Civil Veterinary Dept. Bombay admin report 1923-31 - 1923-1931
Year: 1923
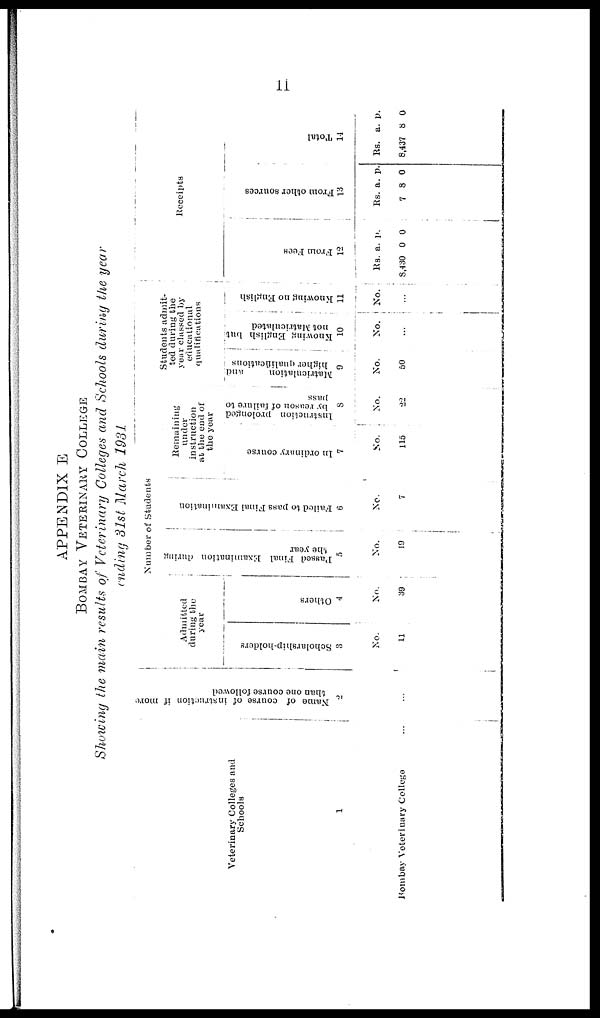
11
APPENDIX E
BOMBAY VETERINARY COLLEGE
Showing the main results of Veterinary Colleges and Schools during the year
ending 31st March 1931
Veterinary Colleges and
Schools
1
Bombay Veterinary College ...
Name of course of instruction if more
than one course followed
2
...
Number of Students
Admitted
during the
year
Scholarship-holders
3
No,
11
Others
4
No.
39
Passed Final Examination during
the year
5
No.
19
Failed to pass Final Examination
6
No.
7
Remaining
under
instruction
at the end of
the year
In ordinary course
7
No.
115
Instruction prolonged
by reason of failure to
pass
8
No.
22
Students admit-
ted during the
year classed by
educational
qualifications
Matriculation
and
higher qualifications
9
No.
50
Knowing English but
not Matriculated
10
No.
...
Knowing no English
11
No.
...
Receipts
Fr om Fees
12
Rs.
8,430
a.
0
p.
0
Fr om ot her s our ces
13
Rs.
7
a.
8
p.
0
Tot al
14
Rs.
8,437
a.
8
p.
0